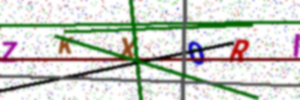
Text: ZKX0RI